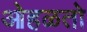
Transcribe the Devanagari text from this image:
ओहळतो